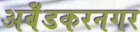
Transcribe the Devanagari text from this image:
अबेँडकरनगर